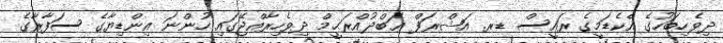
ދިވެހިބަހުގެ އެކެޑަމީގެ ރައީސް ޑރ. އަޝްރަފް ޢަބްދުއްރަޙީމް ދިވެހިރާއްޖޭގައި ހުންނަ އިންޑިޔާގެ ސަފާރާގެ